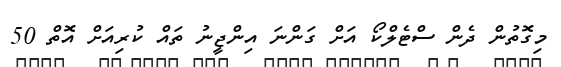
މިގޮތުން ދެން ސްޓެލްކޯ އަށް ގަންނަ އިންޖީނު ތައް ކުރިއަށް އޮތް 50